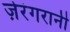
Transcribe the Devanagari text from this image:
ज़ेरंगरानी